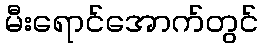
မီးရောင်အောက်တွင်